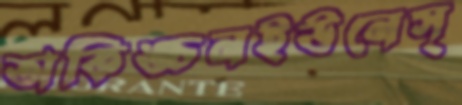
অকিঙ্চনইউনেস্